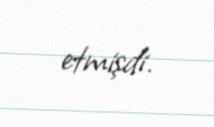
etmişdi.